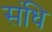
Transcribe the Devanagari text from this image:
संधि